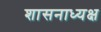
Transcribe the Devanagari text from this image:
शासनाध्‍यक्ष